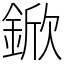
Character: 鍁